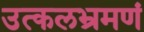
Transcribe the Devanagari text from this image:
उत्कलभ्रमणं